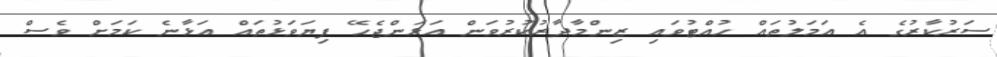
ސަރުކާރުގެ އެ އަމަލުތައް ހުއްޓުވައި ޒިންމާދާރުކުރުވަން އަޅަންޖެހޭ ފިޔަވަޅުތައް އަޅާނެ ކަމަށް ވެސް